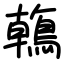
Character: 鶾